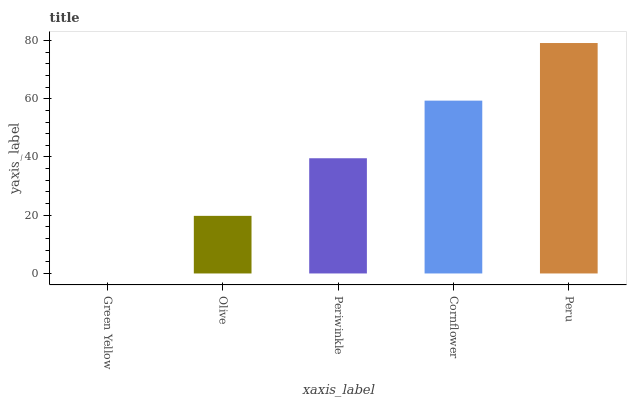
| xaxis_label | bars |
 | --- | --- |
 | Green Yellow | 0 |
 | Olive | 19.8 |
 | Periwinkle | 39.6 |
 | Cornflower | 59.4 |
 | Peru | 79.1 |